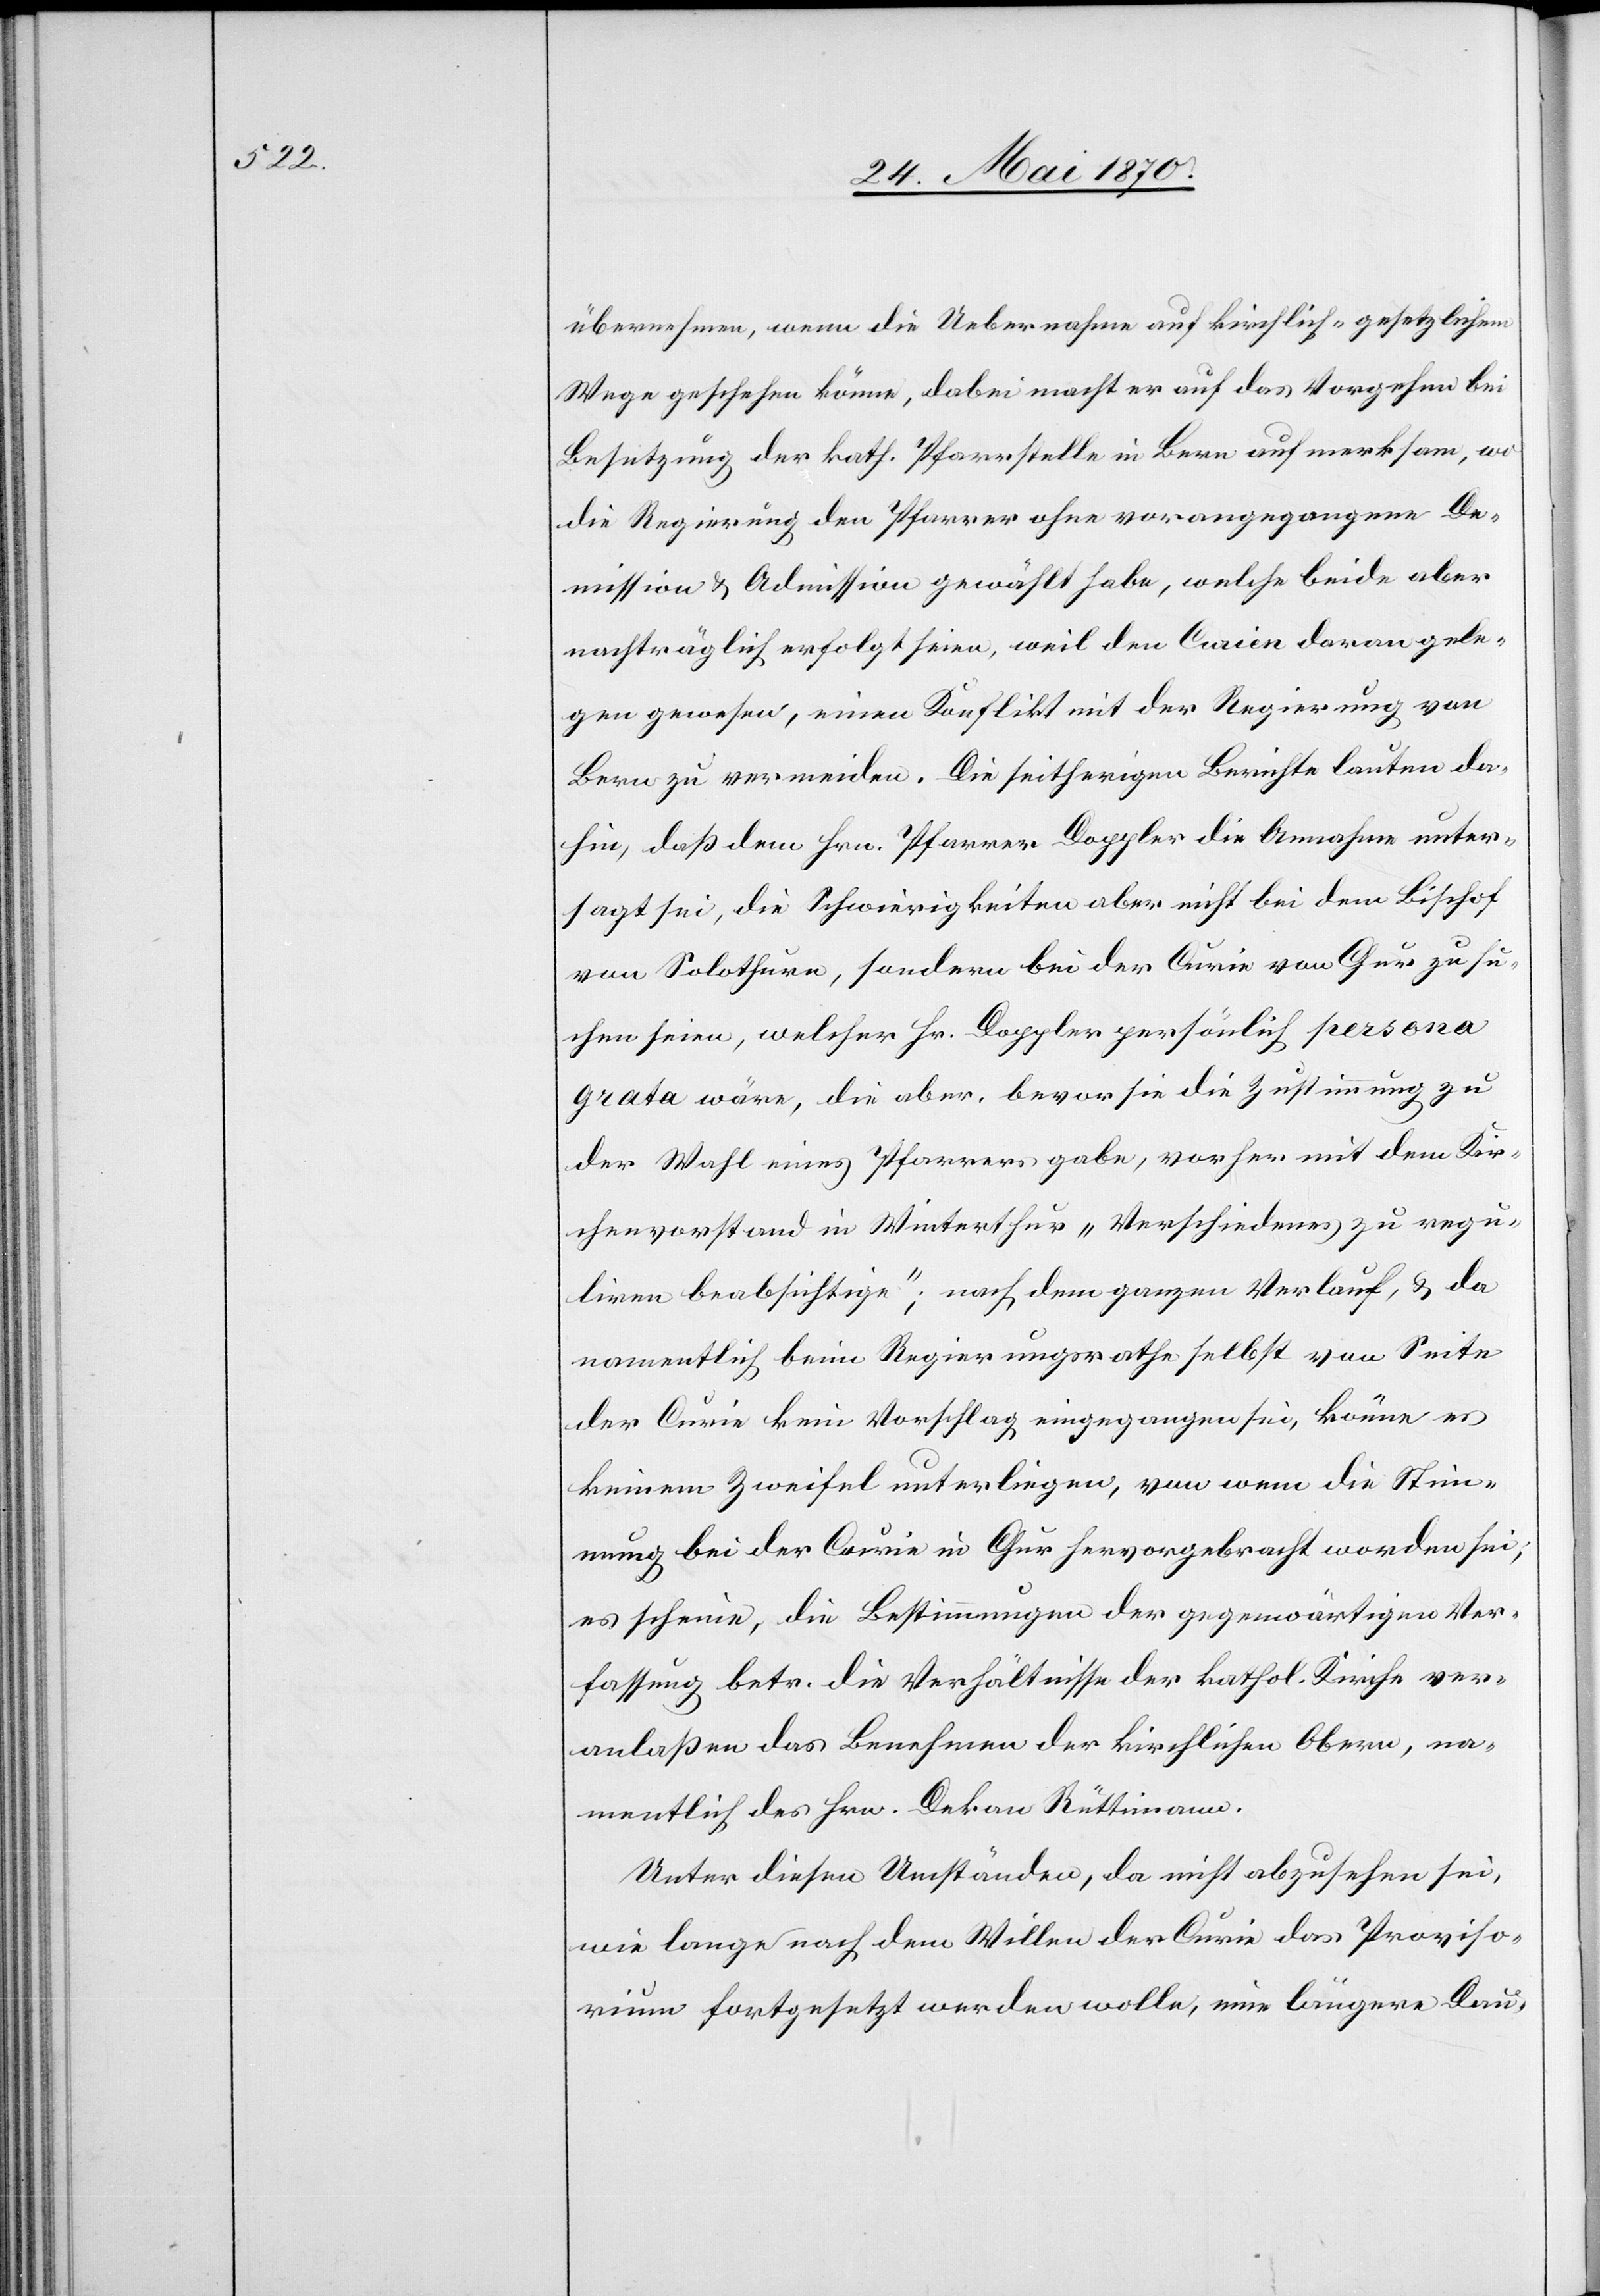
übernehmen, wenn die Uebernahme auf kirchlich-gesetzlichem
Wege geschehen könne, dabei macht er auf das Vorgehen bei
Besetzung der kath. Pfarrstelle in Bern aufmerksam, wo
die Regierung den Pfarrer ohne vorangegangene De¬
mission & Admission gewählt habe, welche beide aber
nachträglich erfolgt seien, weil den Curien daran gele¬
gen gewesen, einen Konflikt mit der Regierung von
Bern zu vermeiden. Die seitherigen Berichte lauten da¬
hin, daß dem Hrn. Pfarrer Doppler die Annahme unter¬
sagt sei, die Schwierigkeiten aber nicht bei dem Bischof
von Solothurn, sondern bei der Curie von Chur zu su¬
chen seien, welcher Hr. Doppler persönlich persona
grata wäre, die aber, bevor sie die Zustimmung zu
der Wahl eines Pfarrers gabe [sic!], vorher mit dem Kir¬
chenvorstand in Winterthur „Verschiedenes zu regu¬
liren beabsichtige“; nach dem ganzen Verlauf, & da
namentlich beim Regierungsrathe selbst von Seite
der Curie kein Vorschlag eingegangen sei, könne es
keinem Zweifel unterliegen, von wem die Stim¬
mung bei der Curie in Chur hervorgebracht worden sei,
es scheine, die Bestimmungen der gegenwärtigen Ver¬
fassung betr. die Verhältnisse der kathol. Kirche ver¬
anlaßen das Benehmen der kirchlichen Obern, na¬
mentlich des Hrn. Dekan Rüttimann.
Unter diesen Umständen, da nicht abzusehen sei,
wie lange nach dem Willen der Curie das Proviso¬
rium fortgesetzt werden wolle, eine längere Dau-